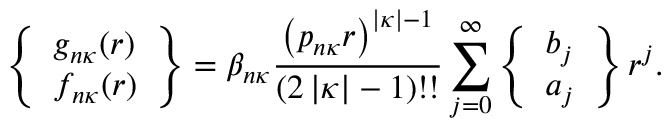
\left\{ \begin{array} { l } { g _ { n \kappa } ( r ) } \\ { f _ { n \kappa } ( r ) } \end{array} \right\} = \beta _ { n \kappa } \frac { \left( p _ { n \kappa } r \right) ^ { \left| \kappa \right| - 1 } } { ( 2 \left| \kappa \right| - 1 ) ! ! } \sum _ { j = 0 } ^ { \infty } \left\{ \begin{array} { l } { b _ { j } } \\ { a _ { j } } \end{array} \right\} r ^ { j } .